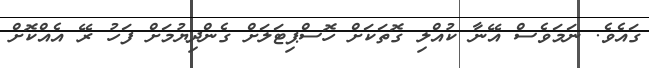
ގައެވެ. ނަމަވެސް އޭނާ ކުއްލި ގޮތަކަށް ހޮސްޕިޓަލަށް ގެންދިޔުމަށް ފަހު ރޭ އެއްކޮށް